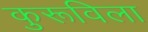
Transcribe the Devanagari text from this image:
कुरूविला